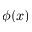
\phi ( x )